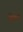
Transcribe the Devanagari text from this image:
हेगर